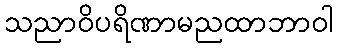
သညာဝိပရိဏာမညထာဘာဝါ